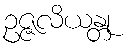
ဥဇ္ဇလိယန္တု